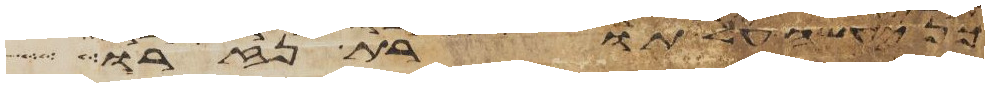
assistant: כן יעשה על תורת נזרו